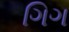
ગિગ